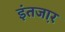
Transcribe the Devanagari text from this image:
इंतजा़र